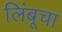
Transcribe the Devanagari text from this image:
लिंबूचा